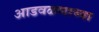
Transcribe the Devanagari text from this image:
आडवळणाच्या